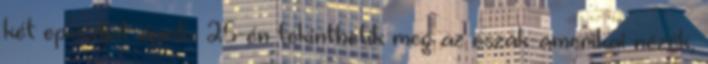
két epizódját április 25-én tekinthetik meg az észak-amerikai nézők,